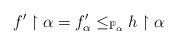
LaTeX: \begin{align*}f' \restriction \alpha = f'_\alpha \le_{\mathbb{P}_\alpha} h \restriction \alpha\end{align*}